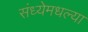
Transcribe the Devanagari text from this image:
संध्येमधल्या